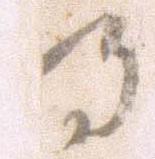
将